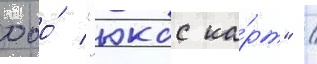
ооо́ "юкос ка́рт" /